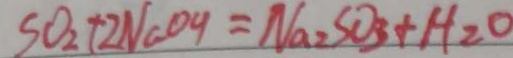
S O _ { 2 } + 2 N a O H = N a _ { 2 } S O _ { 3 } + H _ { 2 } O